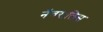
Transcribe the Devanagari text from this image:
नॅचरालिस